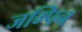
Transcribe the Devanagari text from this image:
जम्पिन